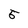
Character: 5